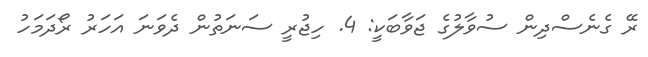
ރޭ ގެނެސްދިން ސުވާލުގެ ޖަވާބަކީ: 4. ހިޖުރީ ސަނަތުން ދެވަނަ އަހަރު ރޯދަމަހު